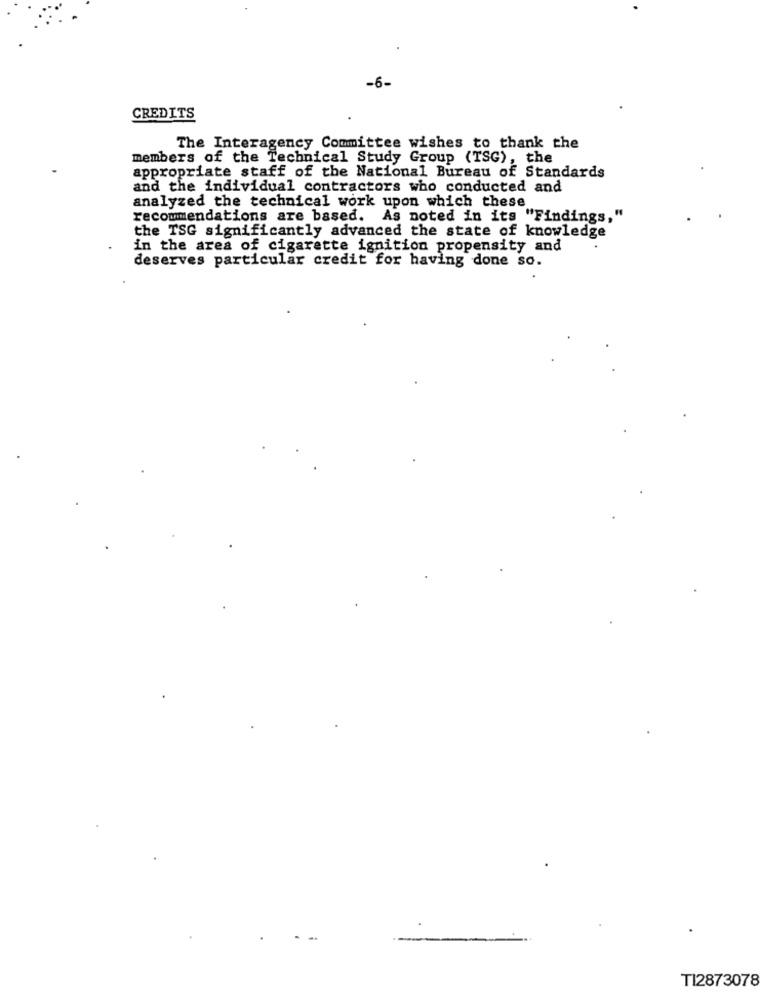
-6-
CREDITS
The Interagency Committee wishes to thank the
members of the Technical Study Group (TSG), the
appropriate staff of the National Bureau of Standards
and the individual contractors who conducted and
analyzed the technical work upon which these
recommendations are based. As noted in its "Findings,"
the TSG significantly advanced the state of knowledge
in the area of cigarette ignition propensity and
deserves particular credit for having done so.
TI2873078